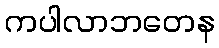
ကပါလာဘတေန